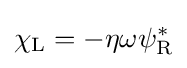
\chi _{\rm {L}}=-\eta \omega \psi _{\rm {R}}^{*}